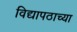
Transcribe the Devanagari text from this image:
विद्यापठाच्या